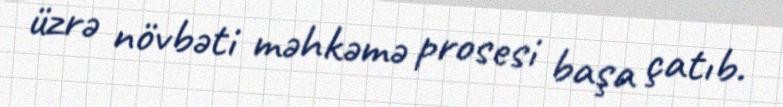
üzrə növbəti məhkəmə prosesi başa çatıb.